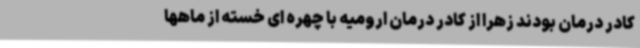
کادر درمان بودند زهرا از کادر درمان ارومیه با چهره ای خسته از ماهها